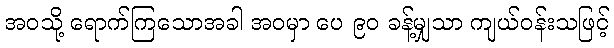
အဝသို့ ရောက်ကြသောအခါ အဝမှာ ပေ ၉၀ ခန့်မျှသာ ကျယ်ဝန်းသဖြင့်